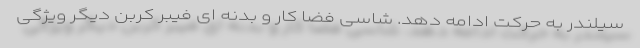
سیلندر به حرکت ادامه دهد. شاسی فضا کار و بدنه ای فیبر کربن دیگر ویژگی